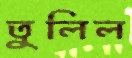
তুলিল